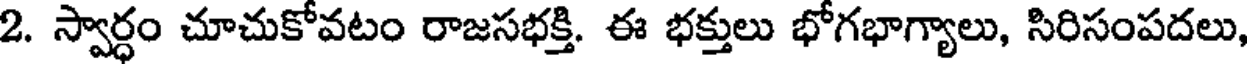
2. స్వార్ధం చూచుకోవటం రాజసభక్తి. ఈ భక్తులు భోగభాగ్యాలు, సిరిసంపదలు,